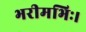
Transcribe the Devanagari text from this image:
भरीमभिः।